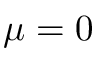
\mu = 0